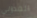
الفدرالي